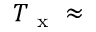
T _ { \mathrm { ~ x ~ } } \approx